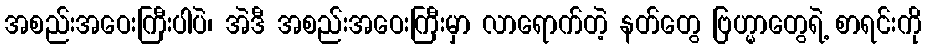
အစည်းအဝေးကြီးပါပဲ၊ အဲဒီ အစည်းအဝေးကြီးမှာ လာရောက်တဲ့ နတ်တွေ ဗြဟ္မာတွေရဲ့ စာရင်းကို